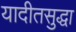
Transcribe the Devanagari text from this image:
यादीतसुद्धा